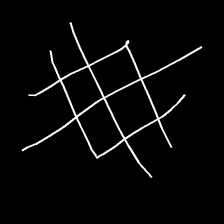
Glyph: crystal